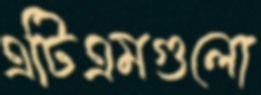
এটিএমগুলো